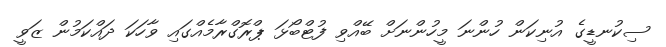
ސިކުނޑީގެ އުނިކަން ހުންނަ މީހުންނަށް ބޭއްވި ފުޓްބޯޅަ ޕްރޮގްރާމެއްގައި ވާހަކަ ދައްކަމުން ޒަވީ